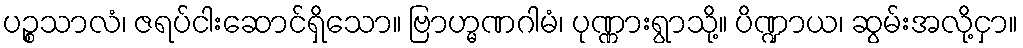
ပဉ္စသာလံ၊ ဇရပ်ငါးဆောင်ရှိသော။ ဗြာဟ္မဏဂါမံ၊ ပုဏ္ဏားရွာသို့။ ပိဏ္ဍာယ၊ ဆွမ်းအလို့ငှာ။